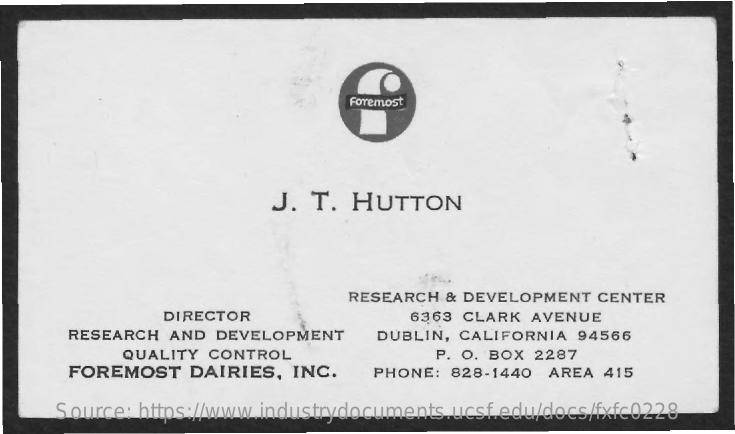
Foremost
     J.  T. HUTTON
     RESEARCH & DEVELOPMENT  CENTER
     DIRECTOR    6363 CLARK AVENUE
     RESEARCH AND  DEVELOPMENT    DUBLIN, CALIFORNIA 94566
     QUALITY CONTROL    P. O. BOX 2287
     FOREMOST   DAIRIES,  INC.    PHONE: 828-1440 AREA 415
     Source: https://www.industrydocuments.ucsf.edu/docs/fxfc0228